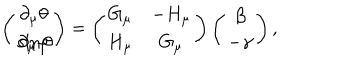
\left( \begin{array} { c } { { \partial _ { \mu } \theta } } \\ { { \sin \theta \hspace { 1 m m } \partial _ { \mu } \varphi } } \\ \end{array} \right) = \left( \begin{array} { c c } { { G _ { \mu } } } & { { - H _ { \mu } } } \\ { { H _ { \mu } } } & { { G _ { \mu } } } \\ \end{array} \right) \left( \begin{array} { c } { { \beta } } \\ { { - \gamma } } \\ \end{array} \right) ,